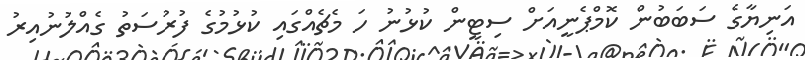
އަނިޔާގެ ސަބަބުން ކޮމްޕެނީއަށް ސިޓީން ކުޅުނު ހަ މެޗެއްގައި ކުޅުމުގެ ފުރުސަތު ގެއްލުނުއިރު